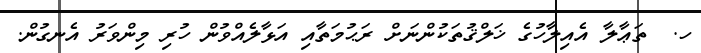
ހ.  ތަޢާލާ އެއިލާހުގެ ޚަލްޤުތަކުންނަށް ރަޙުމަތާއި އަޅާލެއްވުން ހުރި މިންވަރު އެނގުން.